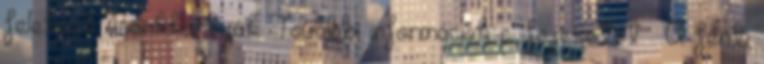
feleknek Bankkártyák További információk c. fejezetet . A fenti